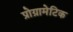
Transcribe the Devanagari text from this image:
प्रोग्रामेटिक